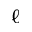
\ell